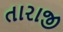
તારાજી